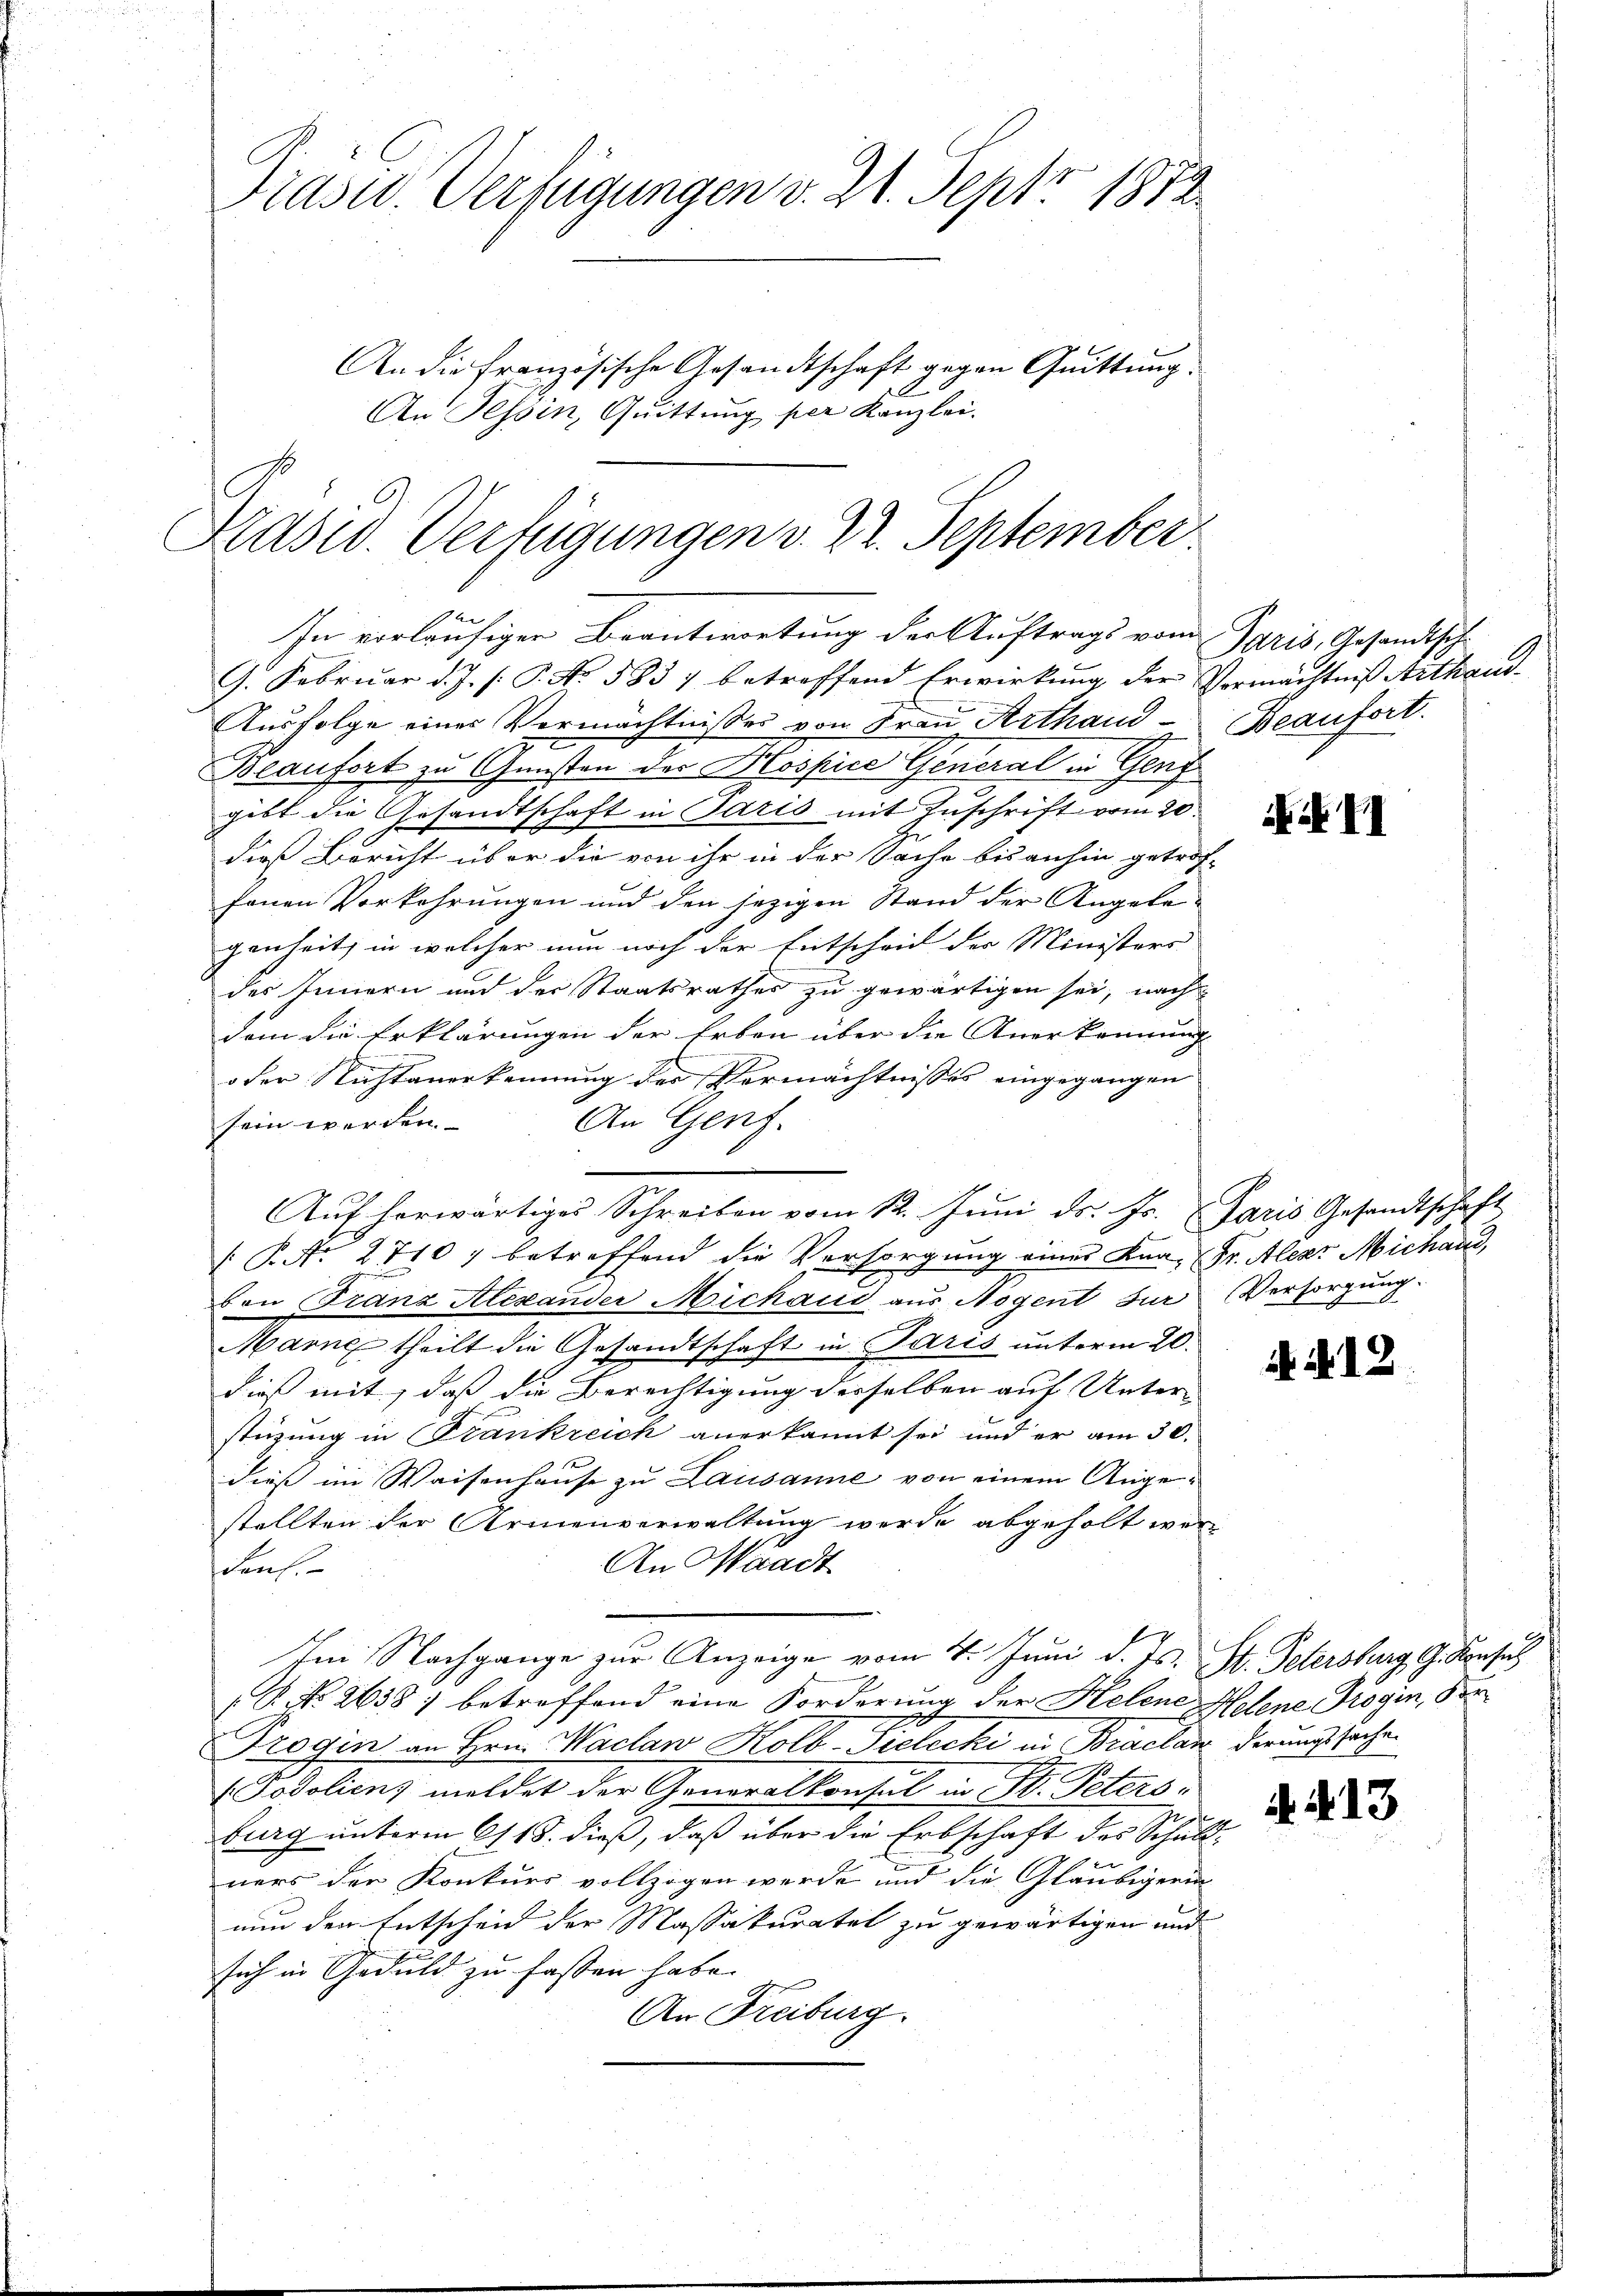
Präsid. Verfügungen v. 24. Sept. 1872.
An die französische Gesandtschaft gegen Quittung.
l
An Tessin, Quittung per Kanzlei.

Grasw. Verfügungen v. 22. September
1
In vorläufiger Beantwortung der Auftrags von Paris, Gesandtsche

9. Februar d. J. (: P. No. 583, betreffend Erwirkung der Vermächtniß Arthaus¬
Ausfolge eines Vermächtnißes von Frau Arthand- Beaufort.
Beaufort zu Gunsten der Kospice General in Genz
gibt die Gesandtschaft in Paris mit Zuschrift vom 20.
t
dieß Bericht über die von ihr in der Sache bis anhin getrof-
fonen Vorkehrungen und den jezigen Stand der Angelegenheit, in welcher nun noch der Entscheid der Ministers
des Innern und der Staatsrathes zu gewärtigen sei, nach
dem die Erklärungen der Erben über die Anerkennung
oder Nichtanerkennung der Vermächtnisses eingegangen
An Genf.
sein werden.
Auf herwärtiges Schreiben vom 12. Juni ds. Js. Paris Gesandtschaft
 P. Nr. 2710; betreffend die Versorgung eines Kna- Fr. Alexr Michand,
von Franz Alexander Michaus aus Nogent zur Versorgung.
Marne theilt die Gesandtschaft in Paris unterm 20.
dies mit, daß die Berechtigung derselben auf Unter-
stüzung in Frankreich anerkannt sei und er am 30.
dieß im Waisenhause zu Lausanne von einem Angestellten der Armenverwaltung werde abgeholt wer¬
An Waadt
Fenf.
Im Nachgange zur Anzeige vom 4. Juni d. Js. St. Petersburg G. Konsich
P. No. 2638) betreffend eine Forderung der Helene Helene Progin, die
Trogin an Hrn. Maclan Kolb-Pielecki in Braclan derungssachen
(Godolien, meldet der Generalkonsul in St. Peters:
burg unterm 6/18. dieß, daß über die Erbschaft des Schuld-
ners der Konkurs vollzogen werde und die Gläubigerin
nun den Entscheid der Massakuratet zu gewärtigen und
sich in Geduld zu fassen habe.
An Freiburg.

XII

. N. 13

R. 413